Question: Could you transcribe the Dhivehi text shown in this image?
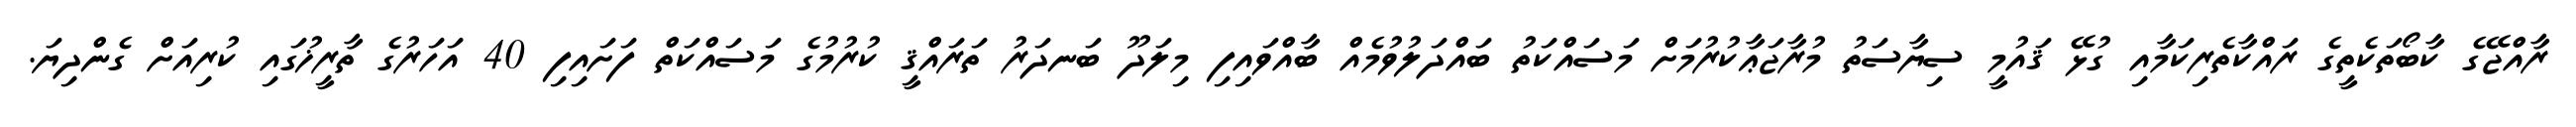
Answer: ރާއްޖޭގެ ކާބޯތަކެތީގެ ރައްކާތެރިކަމާއި ގުޅޭ ޤައުމީ ސިޔާސަތު މުރާޖަޢާކުރުމަށް މަސައްކަތު ބައްދަލުވުމެއް ބާއްވައިފި މިލަދޫ ބަނދަރު ތަރައްޤީ ކުރުމުގެ މަސައްކަތް ފަށައިފި 40 އަހަރުގެ ތާރީޚުގައި ކުރިއަށް ގެންދިޔަ.